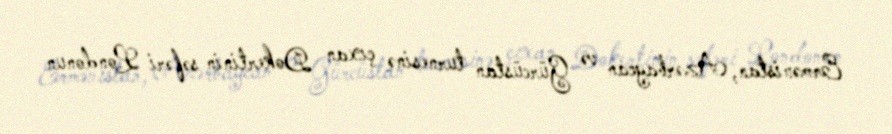
Ermənistan, Azərbaycan və Gürcüstan turnesinə çıxan Dokertinin səfəri Londonun